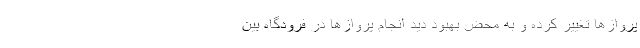
پروازها تغییر کرده و به محض بهبود دید انجام پروازها در فرودگاه بین